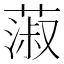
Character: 蔋